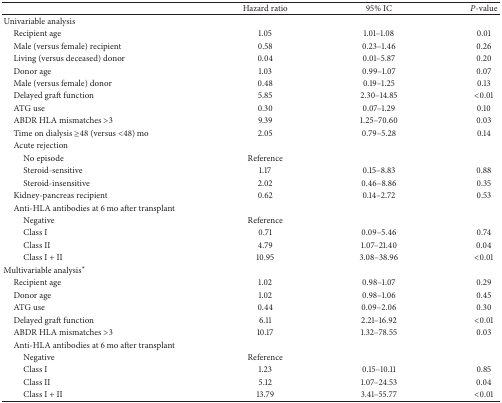
<table><thead><tr><td><b> </b></td><td><b>Hazard ratio</b></td><td><b>95% IC</b></td><td><b><i>P</i>-value</b></td></tr></thead><tbody><tr><td>Univariable analysis </td><td> </td><td> </td><td> </td></tr><tr><td> Recipient age</td><td>1.05</td><td>1.01–1.08</td><td>0.01</td></tr><tr><td> Male (versus female) recipient</td><td>0.58</td><td>0.23–1.46</td><td>0.26</td></tr><tr><td> Living (versus deceased) donor</td><td>0.04</td><td>0.01–5.87</td><td>0.20</td></tr><tr><td> Donor age</td><td>1.03</td><td>0.99–1.07</td><td>0.07</td></tr><tr><td> Male (versus female) donor</td><td>0.48</td><td>0.19–1.25</td><td>0.13</td></tr><tr><td> Delayed graft function</td><td>5.85</td><td>2.30–14.85</td><td>&lt;0.01</td></tr><tr><td> ATG use</td><td>0.30</td><td>0.07–1.29</td><td>0.10</td></tr><tr><td> ABDR HLA mismatches &gt;3</td><td>9.39</td><td>1.25–70.60</td><td>0.03</td></tr><tr><td> Time on dialysis ≥48 (versus &lt;48) mo</td><td>2.05</td><td>0.79–5.28</td><td>0.14</td></tr><tr><td> Acute rejection</td><td> </td><td> </td><td> </td></tr><tr><td>No episode</td><td>Reference</td><td> </td><td> </td></tr><tr><td>Steroid-sensitive</td><td>1.17</td><td>0.15–8.83</td><td>0.88</td></tr><tr><td>Steroid-insensitive</td><td>2.02</td><td>0.46–8.86</td><td>0.35</td></tr><tr><td> Kidney-pancreas recipient </td><td>0.62</td><td>0.14–2.72</td><td>0.53</td></tr><tr><td> Anti-HLA antibodies at 6 mo after transplant</td><td> </td><td> </td><td> </td></tr><tr><td>Negative</td><td>Reference</td><td> </td><td> </td></tr><tr><td>Class I</td><td>0.71</td><td>0.09–5.46</td><td>0.74</td></tr><tr><td>Class II</td><td>4.79</td><td>1.07–21.40</td><td>0.04</td></tr><tr><td>Class I + II</td><td>10.95</td><td>3.08–38.96</td><td>&lt;0.01</td></tr><tr><td>Multivariable analysis*</td><td> </td><td> </td><td> </td></tr><tr><td> Recipient age</td><td>1.02</td><td>0.98–1.07</td><td>0.29</td></tr><tr><td> Donor age</td><td>1.02</td><td>0.98–1.06</td><td>0.45</td></tr><tr><td> ATG use</td><td>0.44</td><td>0.09–2.06</td><td>0.30</td></tr><tr><td> Delayed graft function</td><td>6.11</td><td>2.21–16.92</td><td>&lt;0.01</td></tr><tr><td> ABDR HLA mismatches &gt;3</td><td>10.17</td><td>1.32–78.55</td><td>0.03</td></tr><tr><td> Anti-HLA antibodies at 6 mo after transplant</td><td> </td><td> </td><td> </td></tr><tr><td>Negative</td><td>Reference</td><td> </td><td> </td></tr><tr><td>Class I</td><td>1.23</td><td>0.15–10.11</td><td>0.85</td></tr><tr><td>Class II</td><td>5.12</td><td>1.07–24.53</td><td>0.04</td></tr><tr><td>Class I + II</td><td>13.79</td><td>3.41–55.77</td><td>&lt;0.01</td></tr></tbody></table>